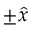
\pm \hat { x }